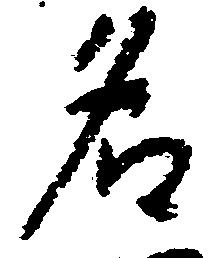
名